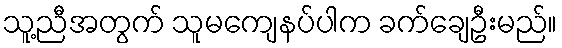
သူ့ညီအတွက် သူမကျေနပ်ပါက ခက်ချေဦးမည်။